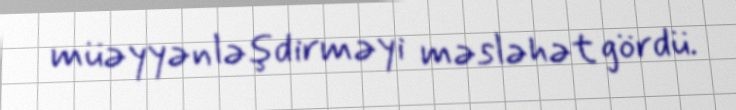
müəyyənləşdirməyi məsləhət gördü.